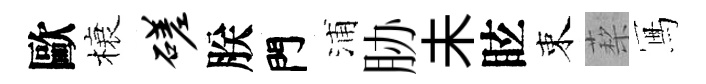
歐榱磋朕門浦胁未眩束蔾冩